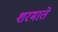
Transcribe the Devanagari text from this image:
शरमाते